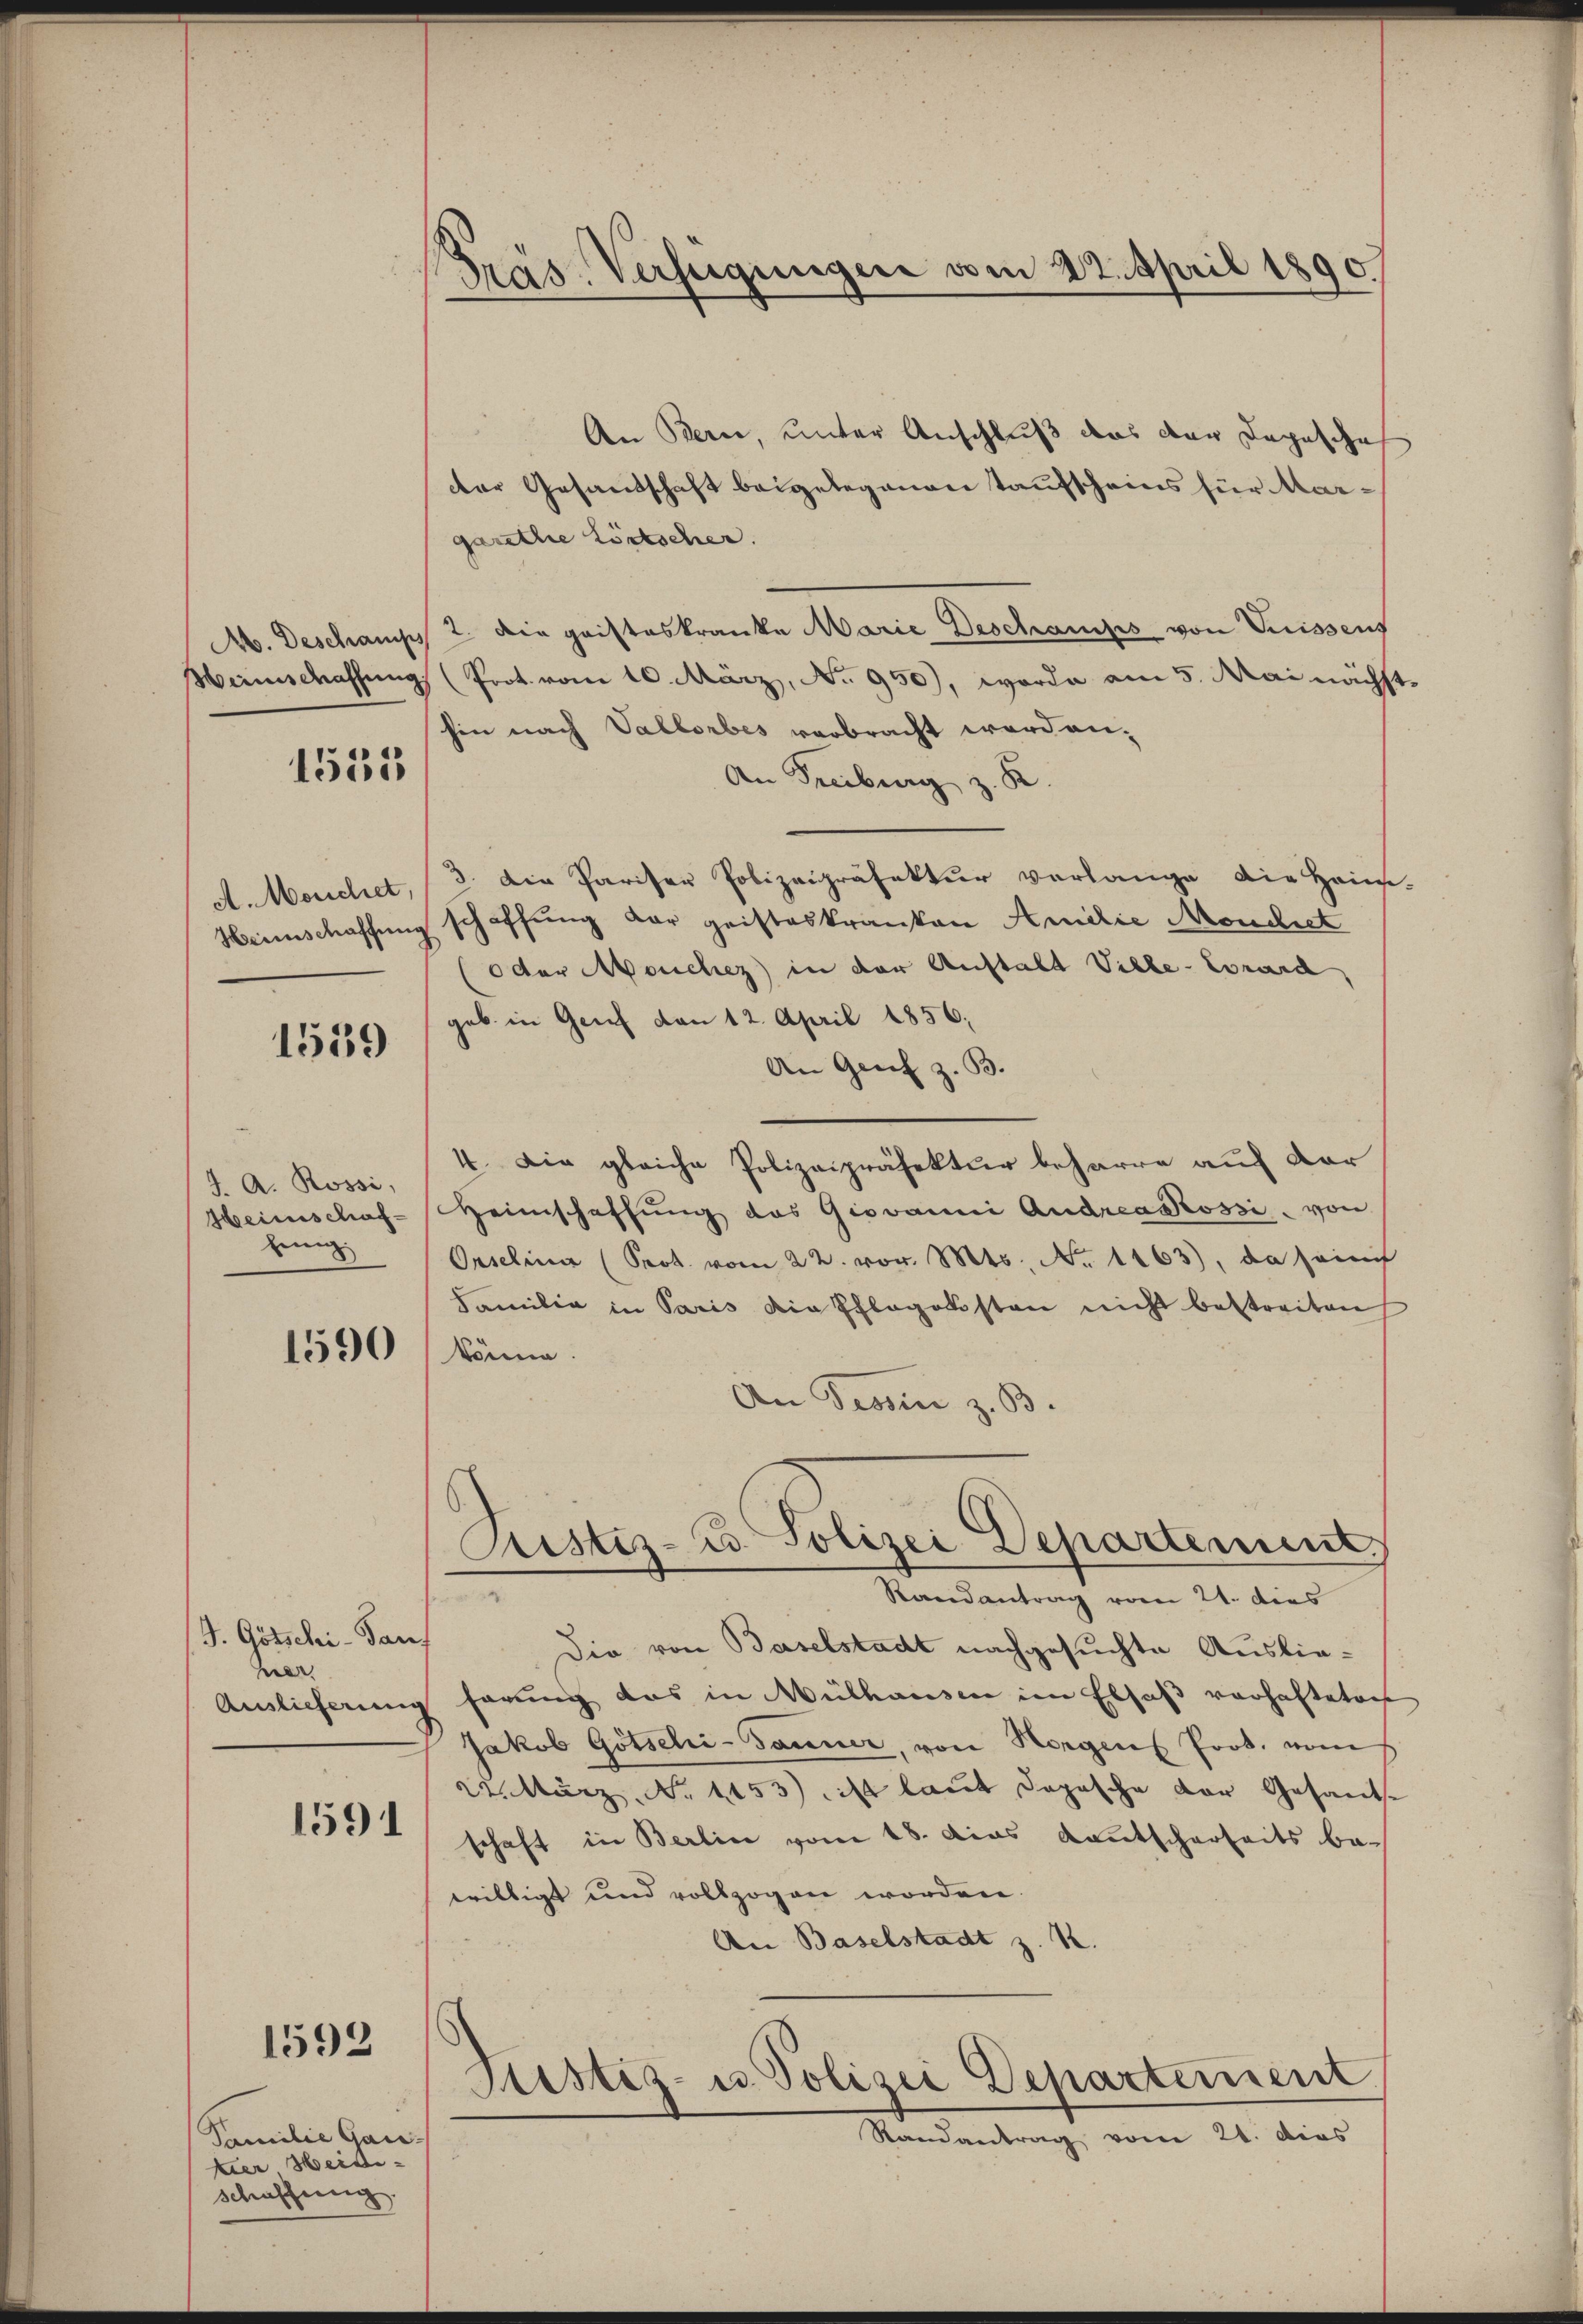
A. Deschamps

1535

A. Meuchet,
Heimschaffung

1559

J. A. Rossi,
Heimschafzun

1590

/J. Götschi- Ganz
her.
Auslieferung

1591

1592

Familie Gan-
kier Heide-
schaffung.

Präs. Verfügungen vom 22. April 1890.

An Bern, unter Anschluß das der Depesche
der Gesandschaft beigelegenen Taufscheins für Margarethe Löstscher.
2. Die gaisteskranke Marie Deschamps von Suissens
Hirnschaffung (Prot. vom 10. März, No. 950), worde am 5. Mai nächst
hin nach Vallorbes verbracht worden.
An Freiburg z. B.
3. Die Pariser Polizeipräfektur verlange die Heim-
schaffung der geisteskranken Amilie Mönchet
oder Meuchez) in der Anstalt Ville- Corard,
geb. in Genf von 12. April 1856.
An Genf z. B.
4. Die gleiche Polizeipräfektur beharre auf dar
Heimschaffŭng das Giovanni Andreasossi, von
Oeselina (Prot. vom 22. vor. Mts. No. 1163), da sainf
Familie in Paris die Pflegekosten nicht bestreiten
könne.
An Tessin z. B.
Pristiz- u. Polizei Departement.
Randantrag vom 21. dies
Die von Baselstadt nachgesuchte Ausliehörung das in Mülhausen im Elsaß vorhalteten
Jakob Gotschi-Tanner, von Horgen Prob. vom
22. März. No. 4153) ist laut dopesche der Gesante
schaft in Berlin vom 18. Das Kautscherheits bewilligt und vollzogen worden.
An Baselstadt z. R.
Stistiz- u. Polizei Departement
Randantrag vom 21. dies